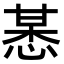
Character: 𢜯